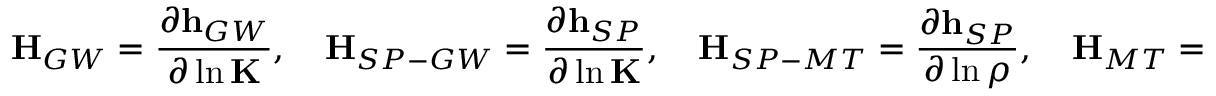
\mathbf { H } _ { G W } = \frac { \partial \mathbf { h } _ { G W } } { \partial \ln \mathbf { K } } , \quad \mathbf { H } _ { S P - G W } = \frac { \partial \mathbf { h } _ { S P } } { \partial \ln \mathbf { K } } , \quad \mathbf { H } _ { S P - M T } = \frac { \partial \mathbf { h } _ { S P } } { \partial \ln \rho } , \quad \mathbf { H } _ { M T } = \frac { \partial \mathbf { h } _ { M T } } { \partial \ln \rho }